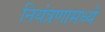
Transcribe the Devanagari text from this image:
नियंत्रणामध्ये